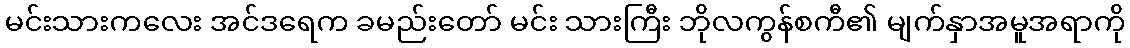
မင်းသားကလေး အင်ဒရေက ခမည်းတော် မင်း သားကြီး ဘိုလကွန်စကီ၏ မျက်နှာအမူအရာကို